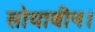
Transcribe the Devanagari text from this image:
सोयाबीन।